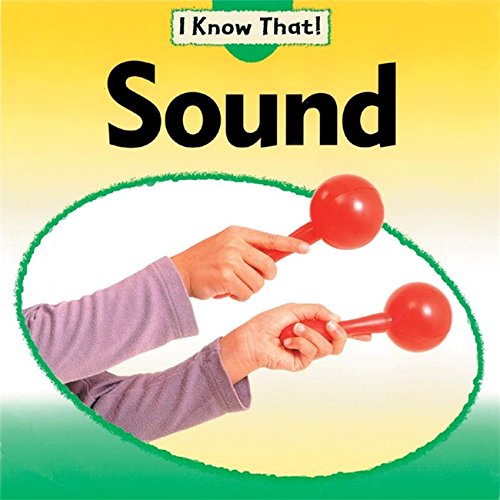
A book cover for Sound (I Know That); Claire Llewellyn; Children's Books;